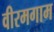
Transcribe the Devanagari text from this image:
वीरमगाम